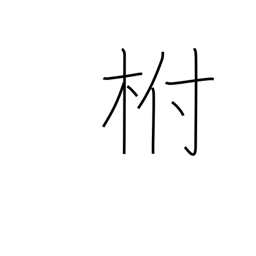
Meaning: calyx